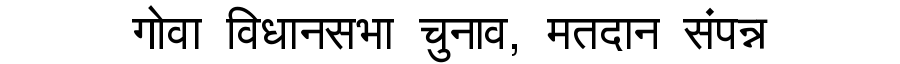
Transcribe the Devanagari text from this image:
गोवा विधानसभा चुनाव, मतदान संपन्न